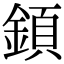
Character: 顉